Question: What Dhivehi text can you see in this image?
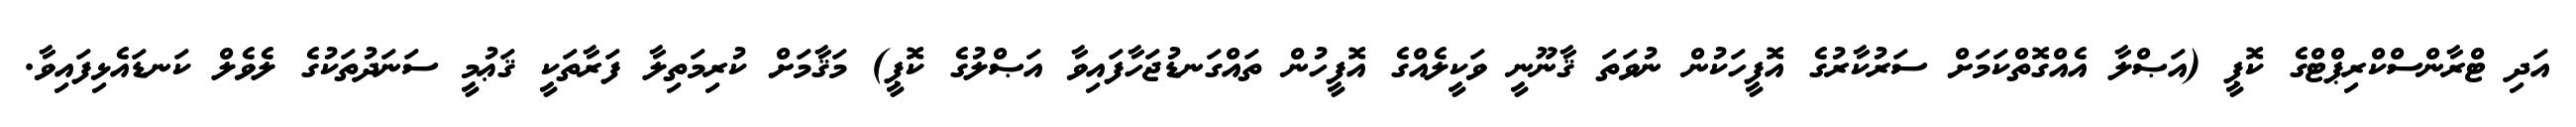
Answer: އަދި ޓްރާންސްކްރިޕްޓްގެ ކޮޕީ (އަޞްލާ އެއްގޮތްކަމަށް ސަރުކާރުގެ އޮފީހަކުން ނުވަތަ ޤާނޫނީ ވަކީލެއްގެ އޮފީހުން ތައްގަނޑުޖަހާފައިވާ އަޞްލުގެ ކޮޕީ) މަޤާމަށް ކުރިމަތިލާ ފަރާތަކީ ޤަޢުމީ ސަނަދުތަކުގެ ލެވެލް ކަނޑައެޅިފައިވާ.